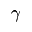
\gamma